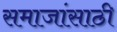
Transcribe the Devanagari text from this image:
समाजांसाठी